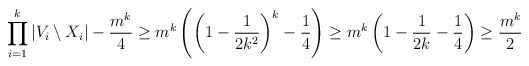
\begin{align*} \prod_{i=1}^k |V_i\setminus X_i|-\frac{m^k}{4}\geq m^k\left(\left(1-\frac{1}{2k^2}\right)^k-\frac{1}{4}\right)\geq m^k\left(1-\frac{1}{2k}-\frac{1}{4}\right)\geq \frac{m^k}{2}\end{align*}